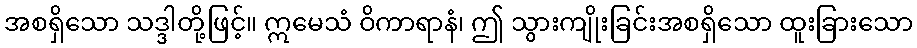
အစရှိသော သဒ္ဒါတို့ဖြင့်။ ဣမေသံ ဝိကာရာနံ၊ ဤ သွားကျိုးခြင်းအစရှိသော ထူးခြားသော